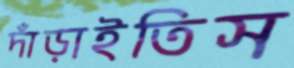
দাঁড়াইতিস